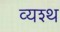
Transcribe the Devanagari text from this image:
व्यश्थ